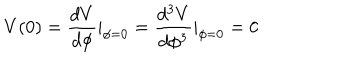
LaTeX: V ( 0 ) = \frac { d V } { d \phi } | _ { \phi = 0 } = \frac { d ^ { 3 } V } { d \phi ^ { 3 } } | _ { \phi = 0 } = 0